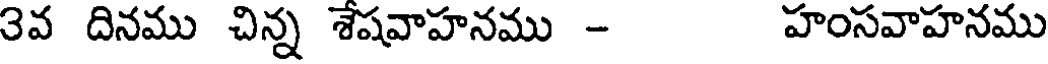
3వ దినము చిన్న శేషవాహనము - హంసవాహనము